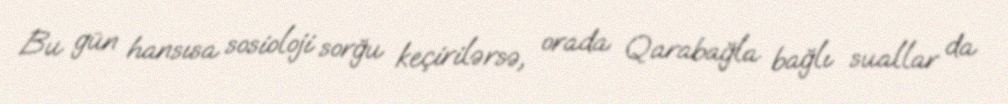
Bu gün hansısa sosioloji sorğu keçirilərsə, orada Qarabağla bağlı suallar da